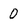
Character: 0